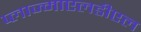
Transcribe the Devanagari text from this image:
प्लाज्माएलडीएल